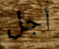
أجل